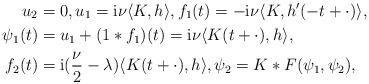
LaTeX: \begin{align*}u_2 &= 0, u_1 = {\rm i} \nu \langle K , h \rangle , f_1(t) = -{\rm i}\nu \langle K, h'(-t+\cdot) \rangle, \\\psi_1(t) &= u_1 + (1*f_1)(t) = {\rm i }\nu \langle K(t+\cdot), h \rangle , \\f_2 (t) &= {\rm i }(\frac{\nu}2 - \lambda) \langle K(t+\cdot), h \rangle, \psi_2 = K*F(\psi_1, \psi_2),\end{align*}